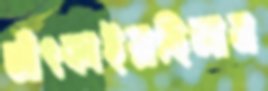
আঁৎকাইয়াছিলাম